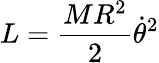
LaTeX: L={\frac{MR^{2}}{2}}{\dot{\theta}}^{2}